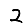
Digit: 2